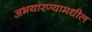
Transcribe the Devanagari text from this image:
अभयारण्यामधील